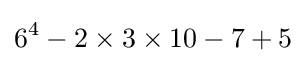
6^{4}-2\times 3\times 10-7+5